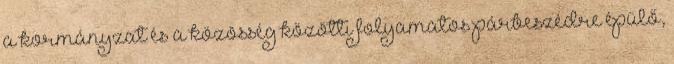
a kormányzat és a közösség közötti folyamatos párbeszédre épülő,